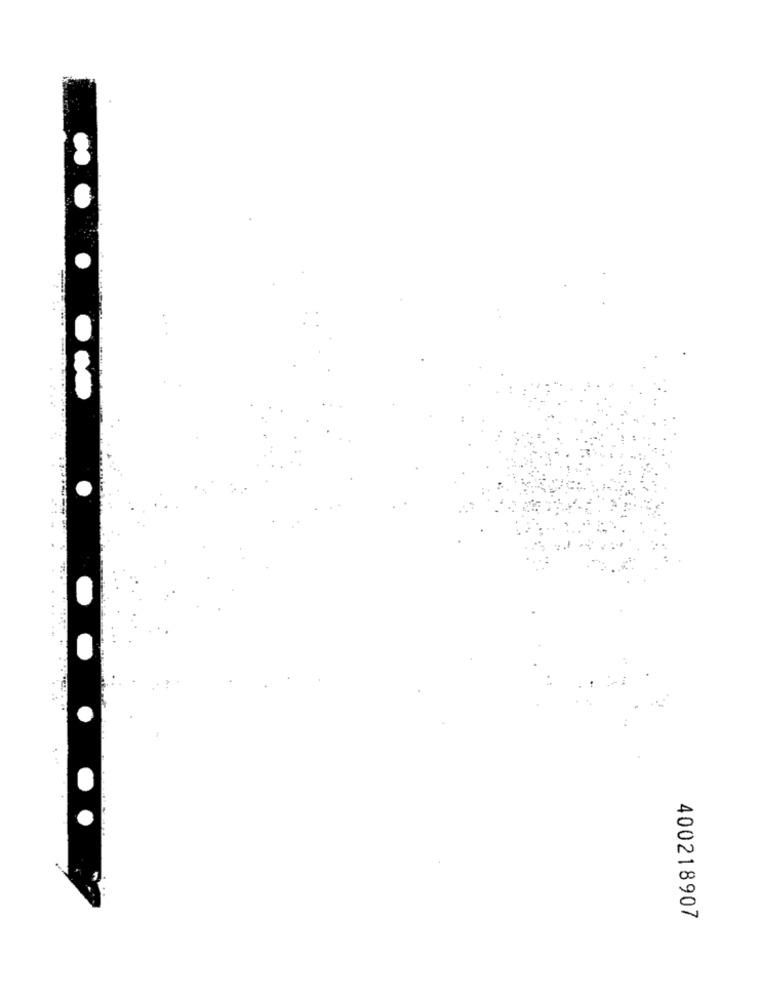
400218907